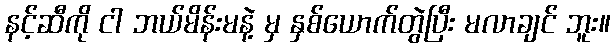
နင့်ဆီကို ငါ ဘယ်မိန်းမနဲ့ မှ နှစ်ယောက်တွဲပြီး မလာချင် ဘူး။